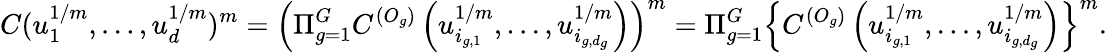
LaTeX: C(u_{1}^{1/m},\dots,u_{d}^{1/m})^{m}=\left(\Pi_{g=1}^{G}C^{(O_{g})}\left(u_{i_{g,1}}^{1/m},\dots,u_{i_{g,d_{g}}}^{1/m}\right)\right)^{m}=\Pi_{g=1}^{G}\left\{ C^{(O_{g})}\left(u_{i_{g,1}}^{1/m},\dots,u_{i_{g,d_{g}}}^{1/m}\right)\right\} ^{m}.